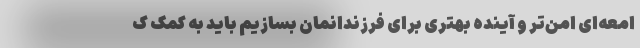
امعه‌ای امن‌تر و آینده بهتری برای فرزندانمان بسازیم باید به کمک ک